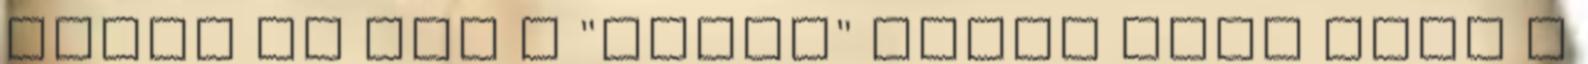
írtam az nem a "Super" sport volt csak a